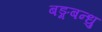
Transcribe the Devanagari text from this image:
बङ्गबन्धु